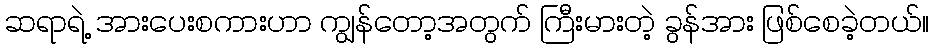
ဆရာရဲ့ အားပေးစကားဟာ ကျွန်တော့အတွက် ကြီးမားတဲ့ ခွန်အား ဖြစ်စေခဲ့တယ်။